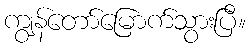
ကျွန်တော်မြောက်သွားပြီ။